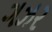
ગઝર